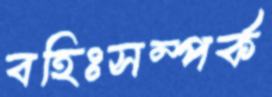
বহিঃসম্পর্ক